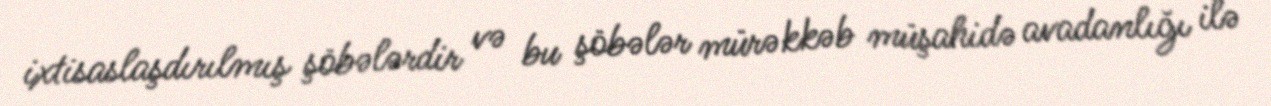
ixtisaslaşdırılmış şöbələrdir və bu şöbələr mürəkkəb müşahidə avadanlığı ilə